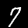
Label: 7